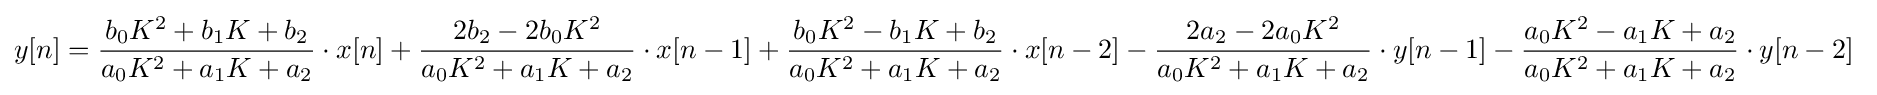
y[n]={\frac {b_{0}K^{2}+b_{1}K+b_{2}}{a_{0}K^{2}+a_{1}K+a_{2}}}\cdot x[n]+{\frac {2b_{2}-2b_{0}K^{2}}{a_{0}K^{2}+a_{1}K+a_{2}}}\cdot x[n-1]+{\frac {b_{0}K^{2}-b_{1}K+b_{2}}{a_{0}K^{2}+a_{1}K+a_{2}}}\cdot x[n-2]-{\frac {2a_{2}-2a_{0}K^{2}}{a_{0}K^{2}+a_{1}K+a_{2}}}\cdot y[n-1]-{\frac {a_{0}K^{2}-a_{1}K+a_{2}}{a_{0}K^{2}+a_{1}K+a_{2}}}\cdot y[n-2]\